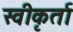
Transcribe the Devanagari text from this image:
स्वीकृर्ता